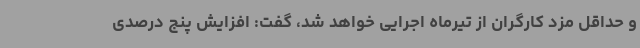
و حداقل مزد کارگران از تیرماه اجرایی خواهد شد، گفت: افزایش پنج درصدی